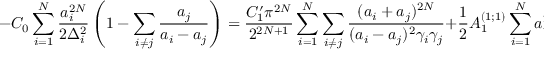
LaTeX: - C _ { 0 } \sum _ { i = 1 } ^ { N } \frac { a _ { i } ^ { 2 N } } { 2 \Delta _ { i } ^ { 2 } } \left( 1 - \sum _ { i \neq j } \frac { a _ { j } } { a _ { i } - a _ { j } } \right) = \frac { C _ { 1 } ^ { \prime } \pi ^ { 2 N } } { 2 ^ { 2 N + 1 } } \sum _ { i = 1 } ^ { N } \sum _ { i \neq j } \frac { ( a _ { i } + a _ { j } ) ^ { 2 N } } { ( a _ { i } - a _ { j } ) ^ { 2 } \gamma _ { i } \gamma _ { j } } + \frac { 1 } { 2 } A _ { 1 } ^ { ( 1 ; 1 ) } \sum _ { i = 1 } ^ { N } a _ { i } ^ { 2 } .